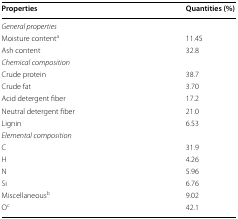
<table><thead><tr><td><b>Properties</b></td><td><b>Quantities (%)</b></td></tr></thead><tbody><tr><td colspan="2"><i>General properties</i></td></tr><tr><td>Moisture content<sup>a</sup></td><td>11.45</td></tr><tr><td>Ash content</td><td>32.8</td></tr><tr><td colspan="2"><i>Chemical composition</i></td></tr><tr><td>Crude protein</td><td>38.7</td></tr><tr><td>Crude fat</td><td>3.70</td></tr><tr><td>Acid detergent fiber</td><td>17.2</td></tr><tr><td>Neutral detergent fiber</td><td>21.0</td></tr><tr><td>Lignin</td><td>6.53</td></tr><tr><td colspan="2"><i>Elemental composition</i></td></tr><tr><td>C</td><td>31.9</td></tr><tr><td>H</td><td>4.26</td></tr><tr><td>N</td><td>5.96</td></tr><tr><td>Si</td><td>6.76</td></tr><tr><td>Miscellaneous<sup>b</sup></td><td>9.02</td></tr><tr><td>O<sup>c</sup></td><td>42.1</td></tr></tbody></table>